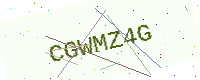
Text: CGWMZ4G